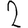
Digit: 2